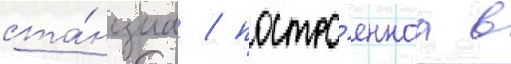
ста́нциа / постро́еннаа в